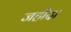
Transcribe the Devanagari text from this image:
जहीदा